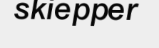
skiepper